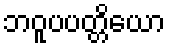
ဘဝူပပတ္တိယော